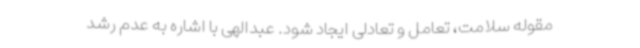
مقوله سلامت، تعامل و تعادلی ایجاد شود. عبدالهی با اشاره به عدم رشد